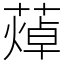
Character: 𦻐